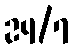
24/7